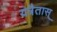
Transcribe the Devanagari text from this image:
यत्रैतास्‌